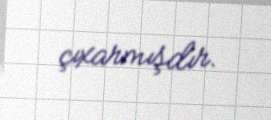
çıxarmışdır.